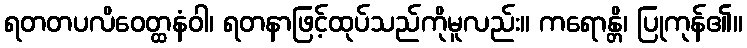
ရတတပလိဝေတ္ထနံဝါ၊ ရတနာဖြင့်ထုပ်သည်ကိုမူလည်း။ ကရောန္တိ၊ ပြုကုန်၏။